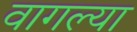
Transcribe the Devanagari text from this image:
वागल्या